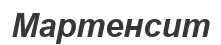
Мартенсит